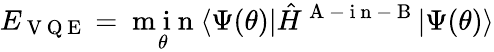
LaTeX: E_{\mathrm{~V~Q~E~}}=\underset{\theta}{\mathrm{~m~i~n~}}\langle\Psi(\theta)|\hat{H}^{\mathrm{~A~-~i~n~-~B~}}|\Psi(\theta)\rangle